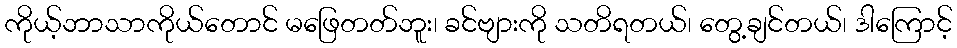
ကိုယ့်ဘာသာကိုယ်တောင် မဖြေတတ်ဘူး၊ ခင်ဗျားကို သတိရတယ်၊ တွေ့ချင်တယ်၊ ဒါကြောင့်